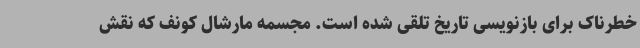
خطرناک برای بازنویسی تاریخ تلقی شده است. مجسمه مارشال کونف که نقش